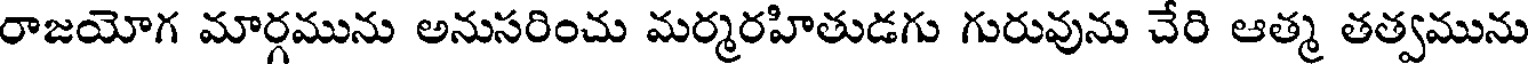
రాజయోగ మార్గమును అనుసరించు మర్మరహితుడగు గురువును చేరి ఆత్మ తత్వమును